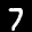
Label: 7